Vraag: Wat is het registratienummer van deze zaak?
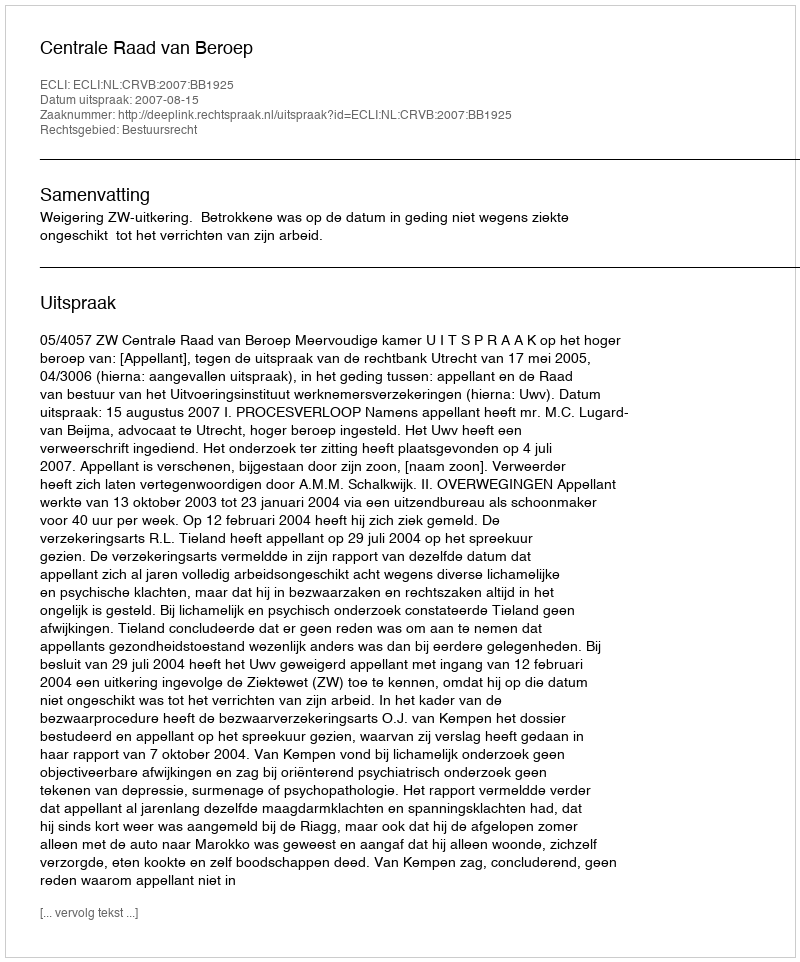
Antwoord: http://deeplink.rechtspraak.nl/uitspraak?id=ECLI:NL:CRVB:2007:BB1925